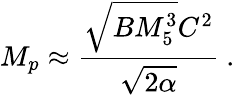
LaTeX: M_{p}\approx{\frac{\sqrt{BM_{5}^{3}}C^{2}}{\sqrt{2\alpha}}}\ .